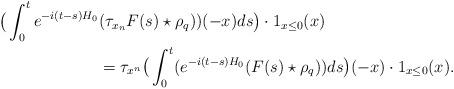
LaTeX: \begin{align*}\big( \int_0^te^{-i(t-s) H_0}&(\tau_{x_n} F(s) \star\rho_q))(-x) ds\big)\cdot1_{x\leq 0}(x) \\&=\tau_{x^n} \big( \int_0^t(e^{-i(t-s) H_0}(F(s) \star\rho_q))ds\big)(-x) \cdot 1_{x\leq 0}(x) .\end{align*}